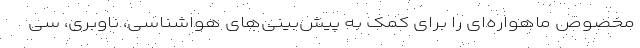
مخصوص ماهواره‌ای را برای کمک به پیش‌بینی‌های هواشناسی، ناوبری، سی